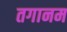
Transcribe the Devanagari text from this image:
तगानम